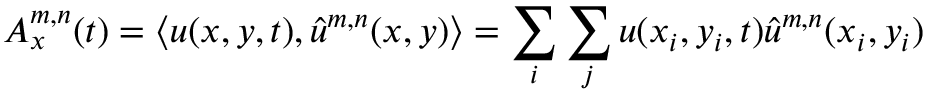
A _ { x } ^ { m , n } ( t ) = \langle u ( x , y , t ) , \hat { u } ^ { m , n } ( x , y ) \rangle = \sum _ { i } \sum _ { j } u ( x _ { i } , y _ { i } , t ) \hat { u } ^ { m , n } ( x _ { i } , y _ { i } )